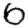
Digit: 6